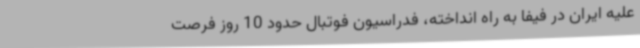
علیه ایران در فیفا به راه انداخته، فدراسیون فوتبال حدود 10 روز فرصت